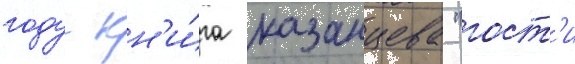
году кн'и́га казанцева "гост'и